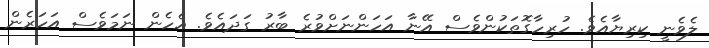
ލެވެނީ ކިރިޔާއެވެ. ހުރިހާގޮތަކުންވެސް އޭނާ އަހަންނަށްވުރެ ބާރު ގަދައެވެ. އެހެން ނަމަވެސް އަހަރެން